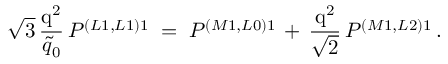
\sqrt { 3 } \, { \frac { \mathrm { q ^ { 2 } } } { \tilde { q } _ { 0 } } } \, P ^ { \left( L 1 , L 1 \right) 1 } \; = \; P ^ { \left( M 1 , L 0 \right) 1 } \, + \, { \frac { \mathrm { q ^ { 2 } } } { \sqrt { 2 } } } \, P ^ { \left( M 1 , L 2 \right) 1 } \, .